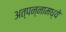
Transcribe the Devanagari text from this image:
अत्‍पन्‍नामध्‍ये